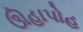
ઊહાપોહ